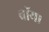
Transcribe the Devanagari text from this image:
बॉय।